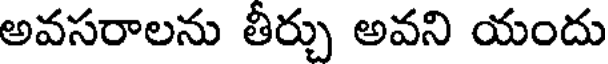
అవసరాలను తీర్చు అవని యందు